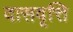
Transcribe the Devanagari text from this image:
दासवृत्ति